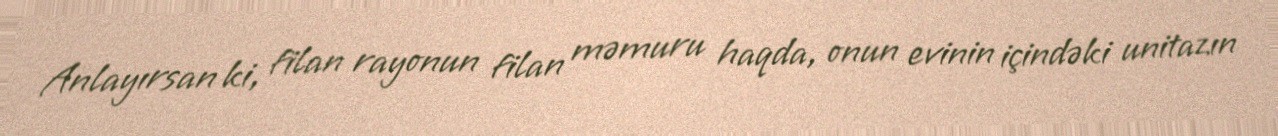
Anlayırsan ki, filan rayonun filan məmuru haqda, onun evinin içindəki unitazın